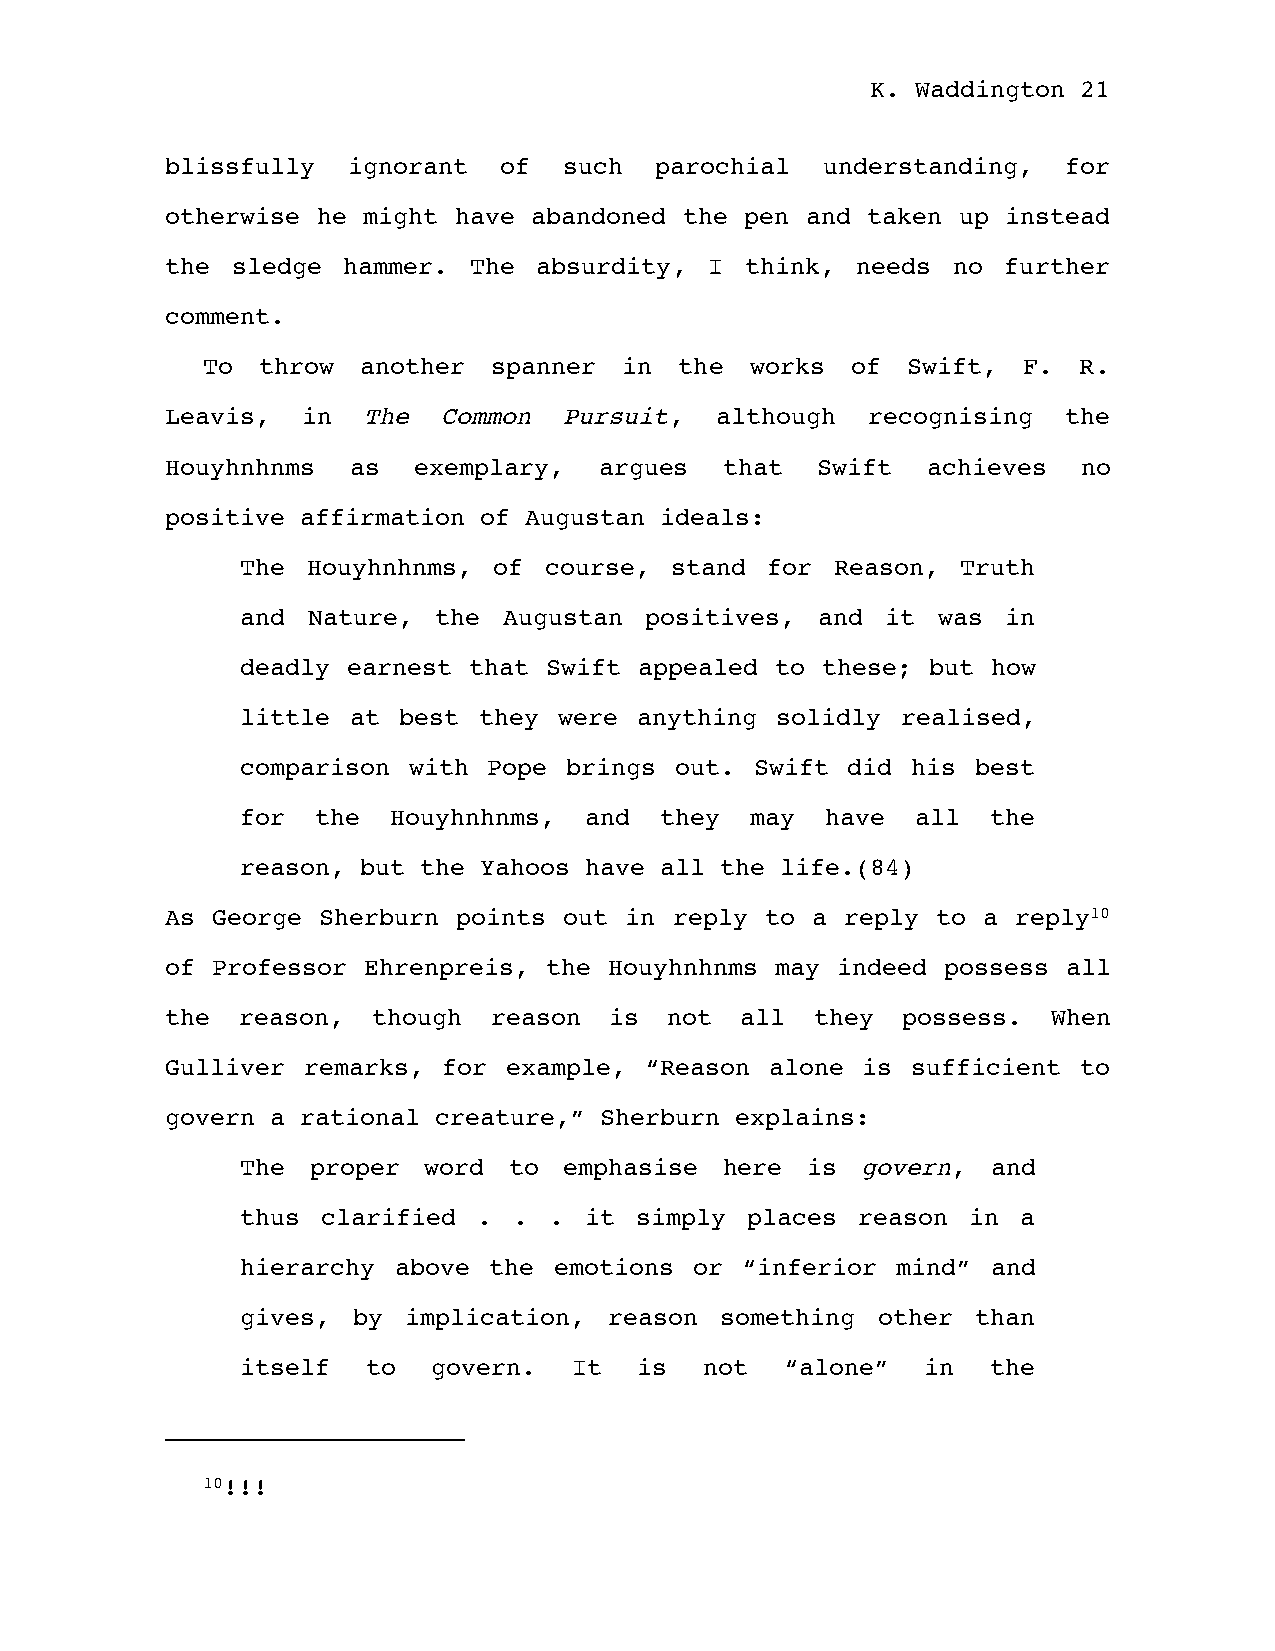
K. Waddington 21
 blissfully  ignorant  of  such  parochial  understanding,   for
 otherwise he might have abandoned the pen and taken up  instead
 the sledge  hammer. The  absurdity, I think,  needs no further
 comment.
 To  throw  another spanner  in  the  works of  Swift,  F. R.
 Leavis,  in  The  Common  Pursuit,  although  recognising  the
 Houyhnhnms  as  exemplary,   argues  that  Swift  achieves   no
 positive affirmation of Augustan ideals:
 The Houyhnhnms,  of course, stand  for Reason,  Truth
 and Nature,  the Augustan  positives, and  it was  in
 deadly earnest that Swift appealed to these; but  how
 little at best  they were anything solidly  realised,
 comparison with Pope brings  out. Swift did his  best
 for  the  Houyhnhnms,  and  they  may  have  all  the
 reason, but the Yahoos have all the life.(84)
 As George Sherburn points out in  reply to a reply to a reply10
 of Professor Ehrenpreis, the Houyhnhnms may indeed possess  all
 the  reason,  though reason  is  not  all  they  possess.  When
 Gulliver remarks, for example,  “Reason alone is sufficient to
 govern a rational creature,” Sherburn explains:
 The  proper word  to emphasise  here is  govern,  and
 thus clarified  . . .  it simply places  reason in  a
 hierarchy above the  emotions or “inferior mind”  and
 gives, by  implication, reason  something other  than
 itself  to   govern.  It  is   not  “alone”  in   the
 10!!!